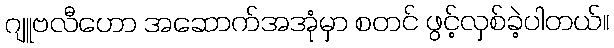
ဂျူဗလီဟော အဆောက်အအုံမှာ စတင် ဖွင့်လှစ်ခဲ့ပါတယ်။